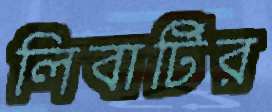
লিবার্টির